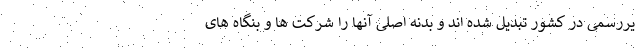
یررسمی در کشور تبدیل شده اند و بدنه اصلی آنها را شرکت ها و بنگاه های